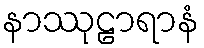
နာဿုဠာရာနံ